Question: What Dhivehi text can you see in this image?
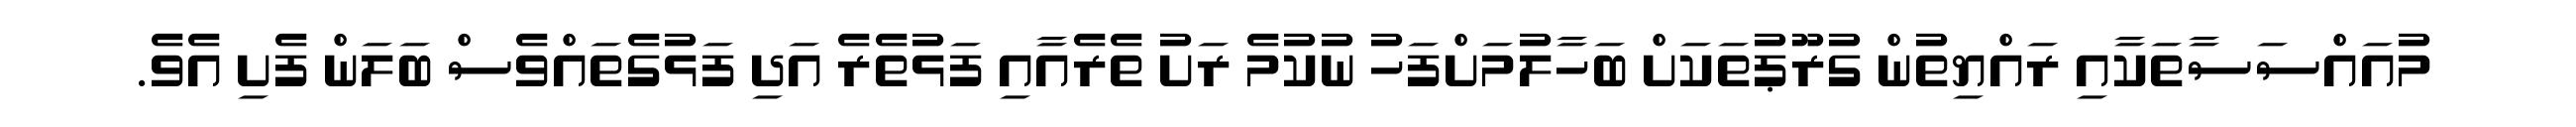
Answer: މުއައްސަސާތަކާއި ރައްޔިތުން ގުރޫޕުތަކަށް ބަހާލުމަށްފަހު ނުކުމެ ރަށު ތެރެއާއި ފަޅުތެރެ އަދި ފަޅުގެތައްވެސް ބަލަން ފެށި އެވެ.